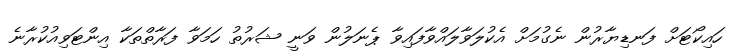
ހައިކޯޓަށް ފަނޑިޔާރުން ނެގުމަށް އެކުލަވާލައްވާފައިވާ ޕެނަލުން ވަނީ ޝަރުތު ހަމަވާ ފަރާތްތަކާ އިންޓަވިއުކުރާނެ